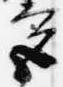
宮